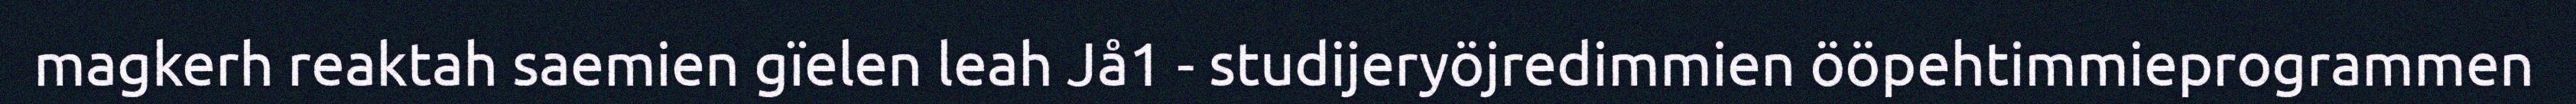
magkerh reaktah saemien gïelen leah Jå1 - studijeryöjredimmien ööpehtimmieprogrammen